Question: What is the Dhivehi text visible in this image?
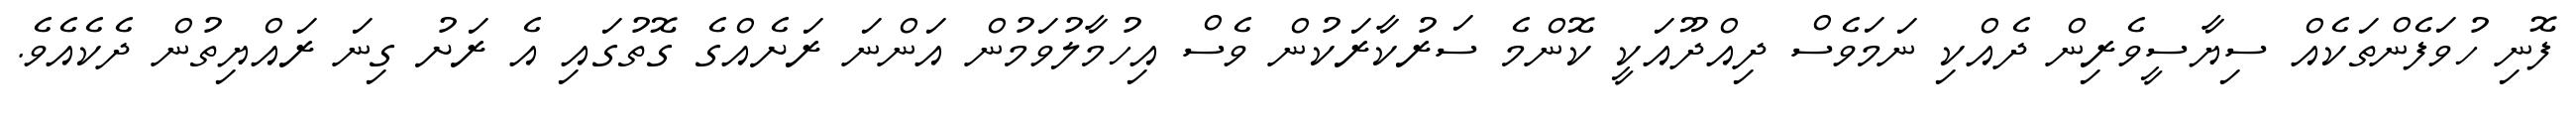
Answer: ފޮނި ހުވަފެންތަކެއް ސިޔާސީވެރިން ދެއްކި ނަމަވެސް ދިއްދޫއަކީ ކޮންމެ ސަރުކާރަކުން ވެސް އިހުމާލުވަމުން އަންނަ ރަށެއްގެ ގޮތުގައި އެ ރަށު ގިނަ ރައްޔިތުން ދެކެއެވެ.